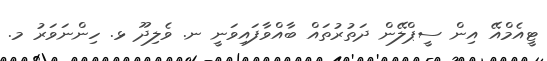
ޓީއެމްއޭ އިން ސީޕްލޭން ދަތުރުތައް ބާއްވާފައިވަނީ ނ. ވެލިދޫ ޅ. ހިންނަވަރު މ.